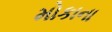
મોકાના